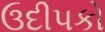
ઉદીપકો